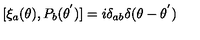
[ { \xi } _ { a } ( \theta ) , P _ { b } ( { \theta } ^ { ' } ) ] = i { \delta } _ { a b } { \delta } ( \theta - { \theta } ^ { ' } )